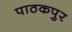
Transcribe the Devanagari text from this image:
पाठकपुर